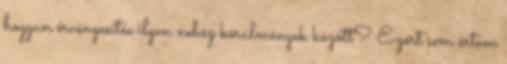
hogyan érvényesítse ilyen nehéz körülmények között? Ezért sem értem